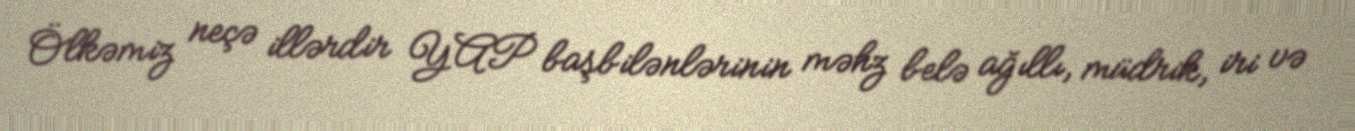
Ölkəmiz neçə illərdir YAP başbilənlərinin məhz belə ağıllı, müdrik, iri və